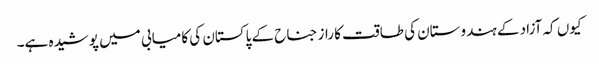
کیوں کہ آزاد کے ہندوستان کی طاقت کا راز جناح کے پاکستان کی کامیابی میں پوشیدہ ہے۔